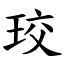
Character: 珓